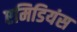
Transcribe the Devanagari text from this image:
एमिडियंस